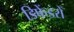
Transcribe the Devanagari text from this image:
डिफेंडरों